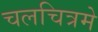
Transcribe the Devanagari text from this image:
चलचित्रमे